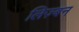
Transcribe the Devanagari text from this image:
लिज़्बन